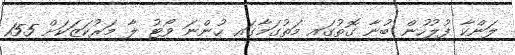
ލަންކާ ފުލުހުން ބުނާ ގޮތުގައި މަތުގަމާގައި ހުންނަ ވޯޓު ލާ މަރުކަޒަކަށް 155